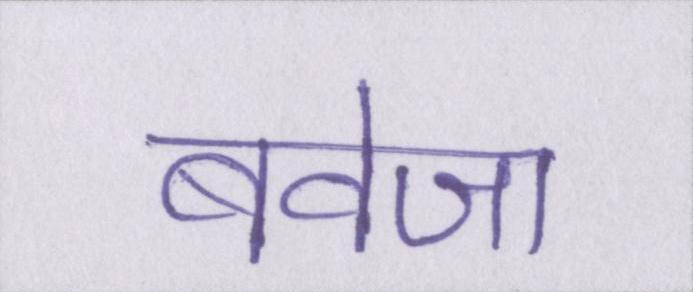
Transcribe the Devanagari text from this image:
बवेजा